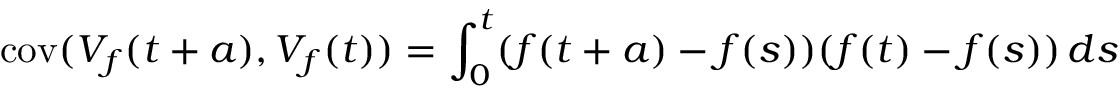
\operatorname { c o v } ( V _ { f } ( t + a ) , V _ { f } ( t ) ) = \int _ { 0 } ^ { t } ( f ( t + a ) - f ( s ) ) ( f ( t ) - f ( s ) ) \, d s